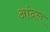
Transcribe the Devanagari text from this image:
आंदल